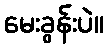
မေးခွန်းပဲ။